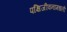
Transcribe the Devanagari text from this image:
पक्षिजीवनामधली